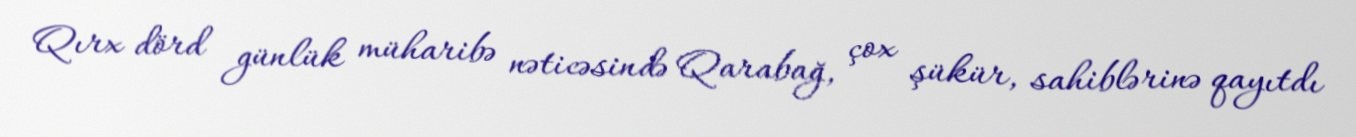
Qırx dörd günlük müharibə nəticəsində Qarabağ, çox şükür, sahiblərinə qayıtdı